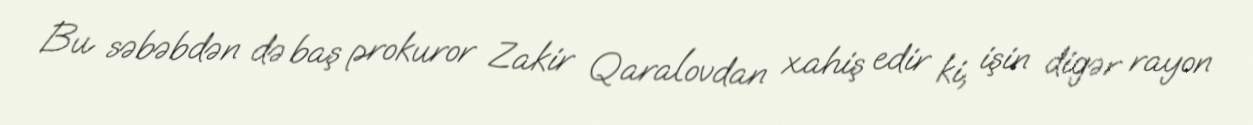
Bu səbəbdən də baş prokuror Zakir Qaralovdan xahiş edir ki, işin digər rayon